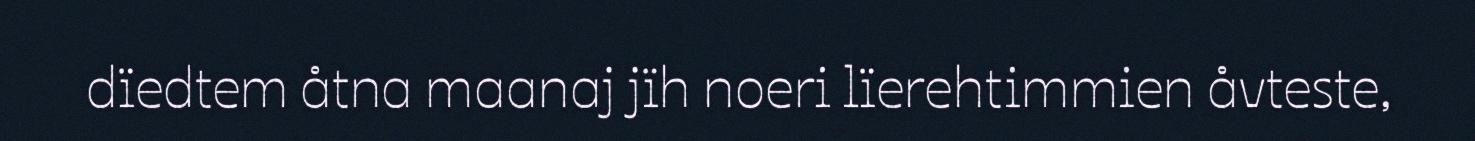
dïedtem åtna maanaj jïh noeri lïerehtimmien åvteste,